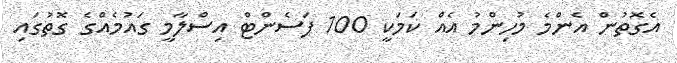
އެގޮތުން އެންމެ މުހިންމު އެއް ކަމަކީ 100 ޕަސެންޓް އިސްލާމީ ގައުމެއްގެ ގޮތުގައި